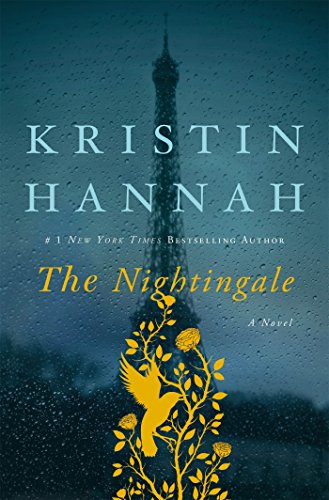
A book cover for The Nightingale; Kristin Hannah; Literature & Fiction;